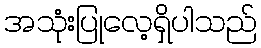
အသုံးပြုလေ့ရှိပါသည်